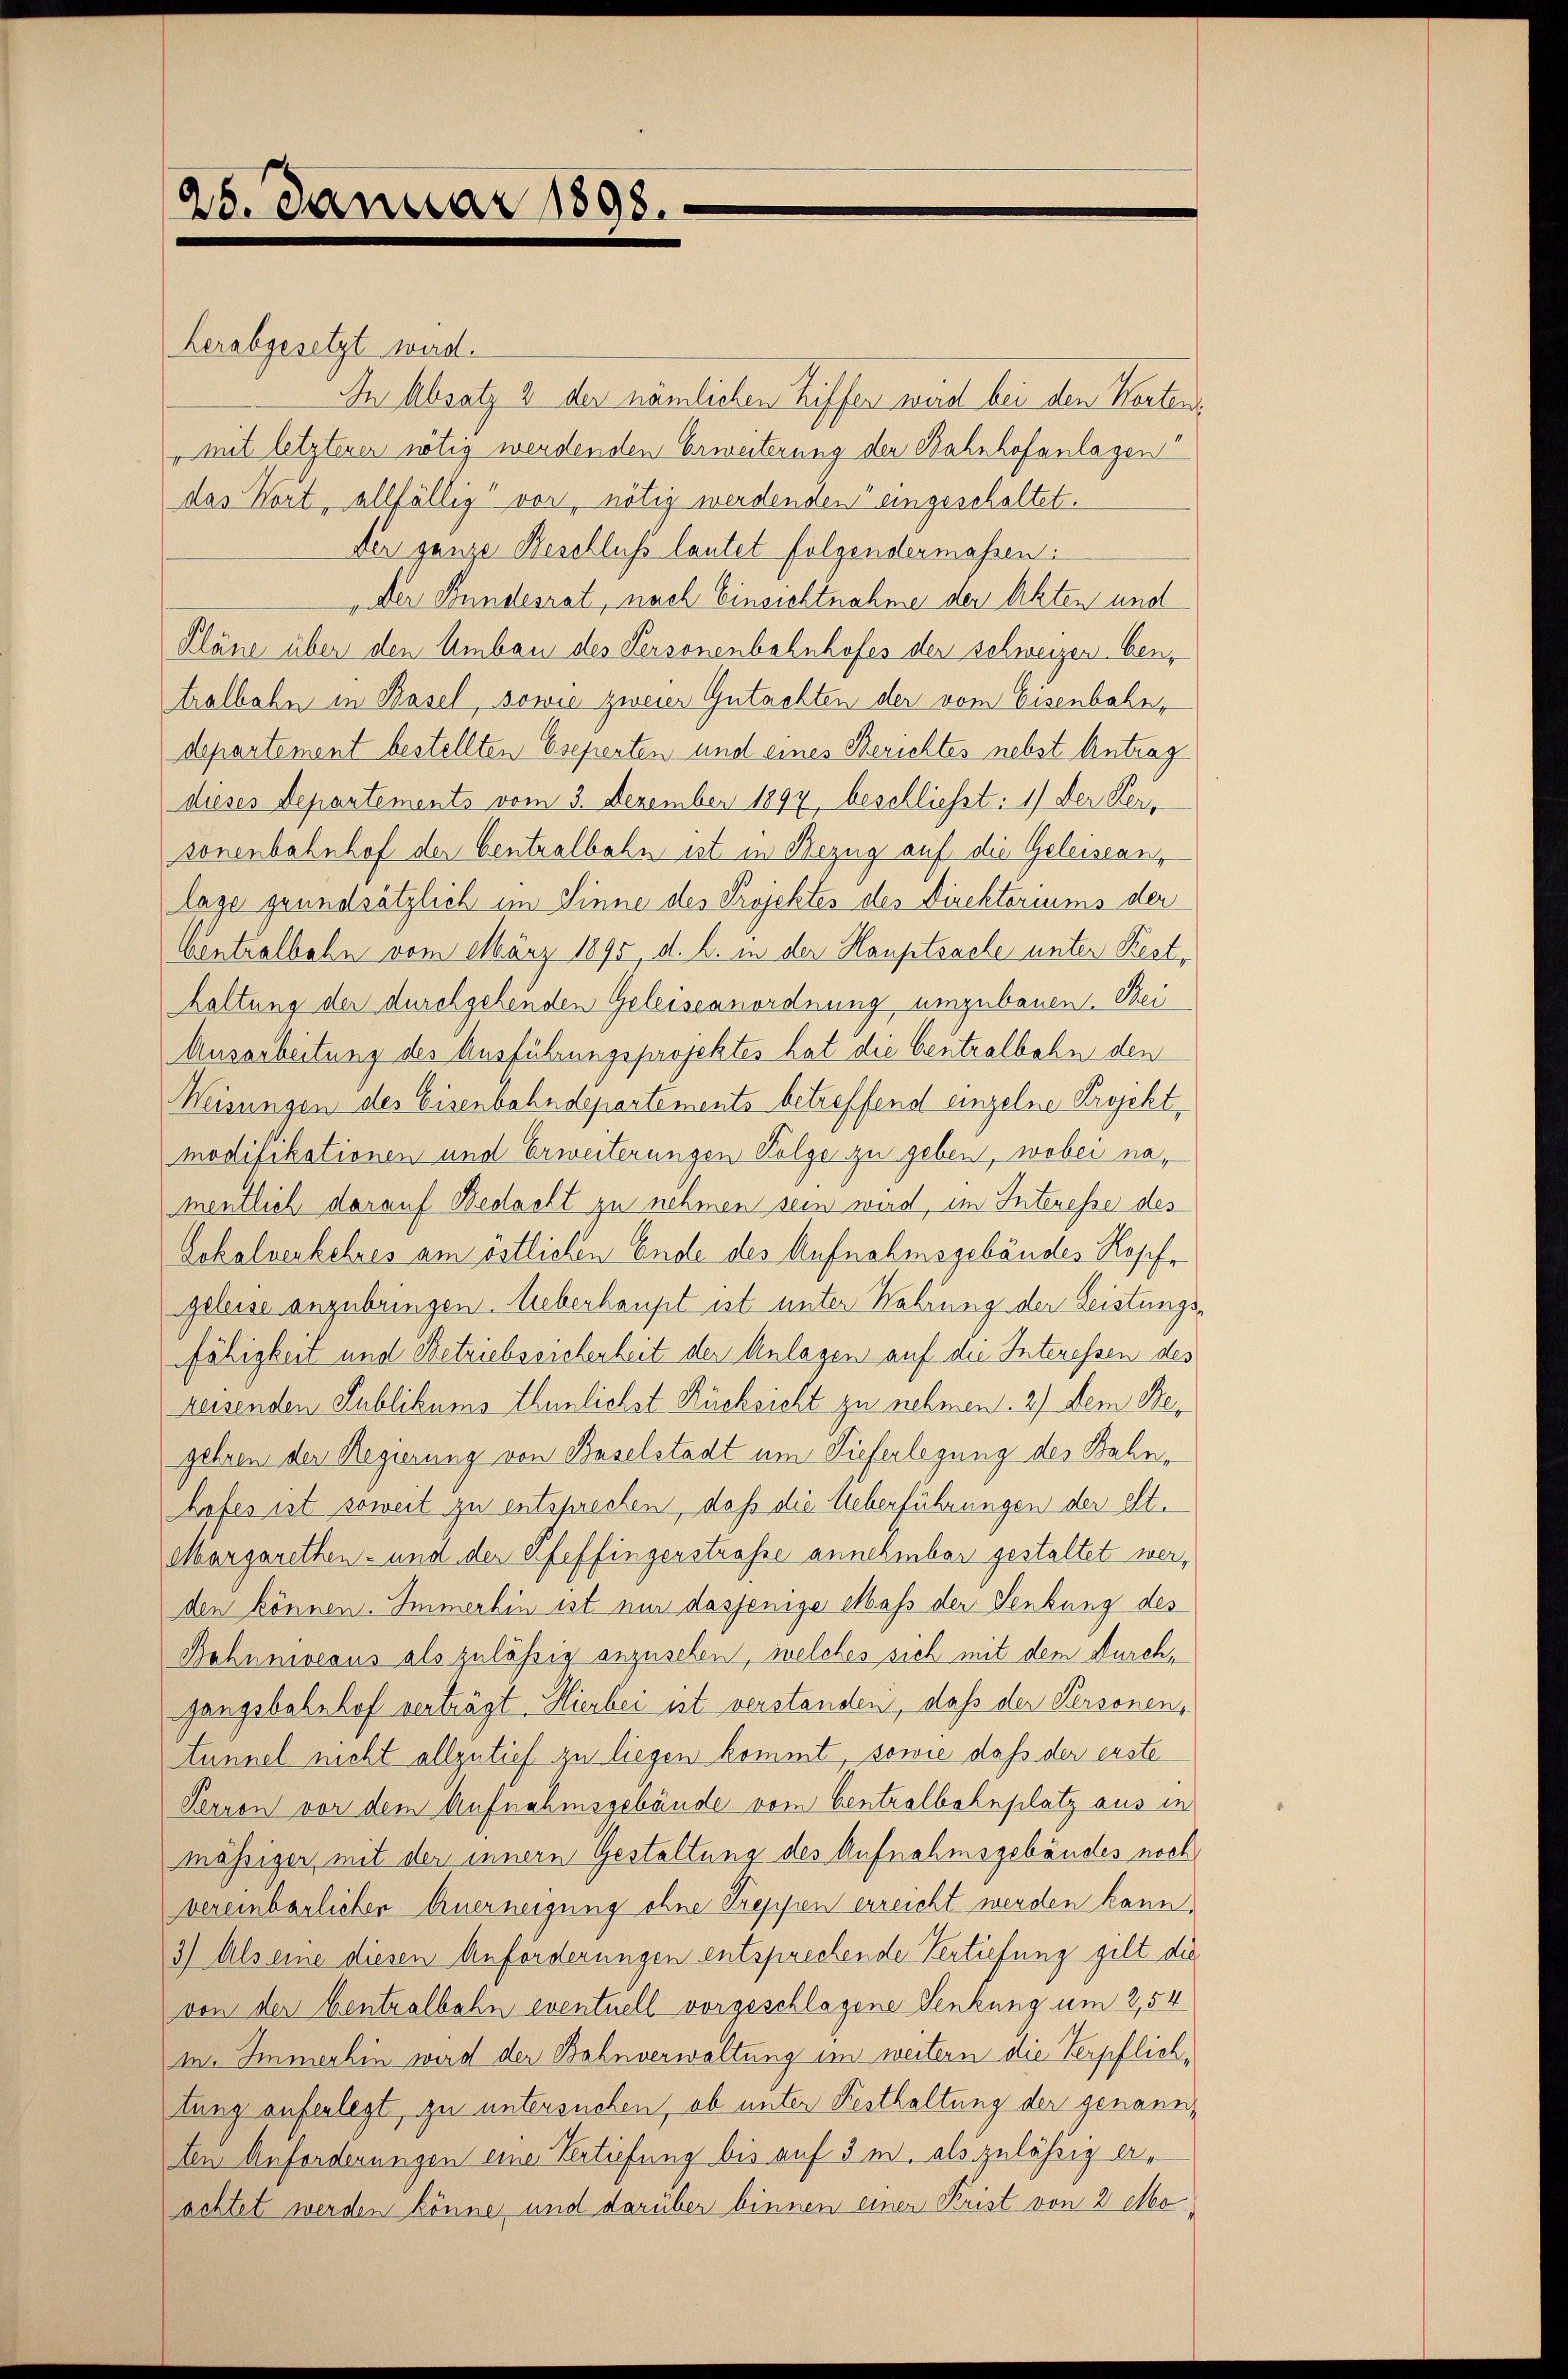
25. Januar 1898.

Herabgesetzt wird.
In Absatz 2 der nämlichen Ziffen wird bei den Worten¬
„mit letzterer nötig werdenden Erweiterung der Bahnhofanlagen“
das Wort, allfällig vor, nötig werdenden eingeschaltet.
Der ganze Beschluss lautet folgendermassen:
Der Bundesrat, nach Einsichtnahme der Akten und
Pläne über den Umbau des Personenbahnhofes der schweizen bentralbahn in Basel, sowie zweier Gutachten der vom Eisenbahn,
departement bestellten Eseperten und eines Berichtes nebst Antrag
dieses Departements vom 3. Dezember 1894 beschliesst: 1) Der Ren
sonenbahnhof der Centralbahn ist in Bezug auf die Geleisean,
lage grundsätzlich im Sinne des Projektes des Direkteriums der
Centralbahn vom März 1890, d. h. in der Hauptsache unter Restr
haltung der durchgehenden Geleiseanordnung umzubauen. Bei
Ausarbeitung des Ausführungsprojektes hat die Centralbahn den
Weisungen des Eisenbahndepartements betreffend einzelne Projekt,
modifikationen und Erweiterungen Folge zu geben, wobei namentlich darauf Bedacht zu nehmen sein wird, im Interesse des
Lokalverkehres am östlichen Ende des Aufnahmsgebäudes Rosche
geleise anzubringen. Ueberhaupt ist unter Wahrung der Leistungsfähigkeit und Betriebserchenheit der Anlagen auf die Interessen des
reisenden Sublikums thunlichst Rücksicht zu nehmen. 2) dem Begehren der Regierung von Baselstadt um Tieferlegung des Bahnhofes ist soweit zu entsprechen, daß die Ueberführungen der elt.
Margarethen- und der Pfeffingerstrasse annehmbar gestaltet werden können. Immerhin ist nur dasjenige Maß der Senkung des
Bahnmoeaus als zulässig anzusehen, welches sich mit dem Durchgangsbahnhof verträgt. Hierbei ist verstanden, daß der Personen,
tunnel nicht allzutief zu liegen kommt, sowie daß der erste
Perron vor dem Aufnahmsgebäude vom Centralbahnplatz aus in
mässiger mit der innern Gestaltung des Aufnahmsgebäudes noch
vereinbarlicher Arnerneigung ohne Treppen erreicht werden kann.
3) Als eine diesen Anforderungen entsprechende Vertiefung gilt die
von der Centralbahn eventuell vorgeschlagene Senkung um 2,54
m. Immerhin wird der Bahnverwaltung im weitern die Verpflichtung auferlegt, zu untersuchen, ob unter Festhaltung der genanten Anforderungen eine Vertiefung bis auf 3 m. als zulässig Aachtet werden könne, und darüber binnen einer Krist von 2 Mo¬